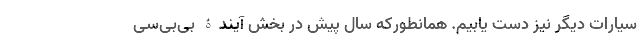
سیارات دیگر نیز دست یابیم. همانطورکه سال پیش در بخش آیندۀ بی‌بی‌سی